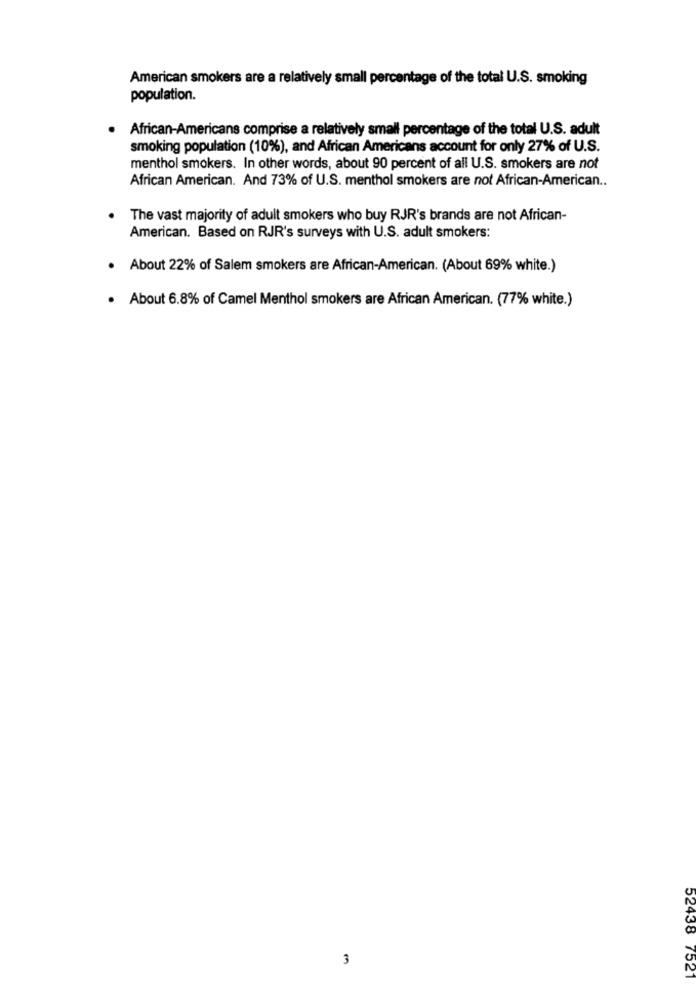
American smokers are a relatively small percentage of the total U.S. smoking
population.
African-Americans comprise a relatively small percentage of the total U.S. adult
smoking population (10%), and African Americans account for only 27% of U.S.
menthol smokers. In other words, about 90 percent of all U.S. smokers are not
African American. And 73% of U.S. menthol smokers are not African-American ..
The vast majority of adult smokers who buy RJR's brands are not African-
American. Based on RJR's surveys with U.S. adult smokers:
· About 22% of Salem smokers are African-American. (About 69% white.)
About 6.8% of Camel Menthol smokers are African American. (77% white.)
3
52438 7521